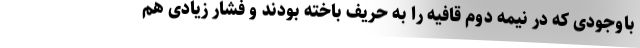
باوجودی که در نیمه دوم قافیه را به حریف باخته بودند و فشار زیادی هم